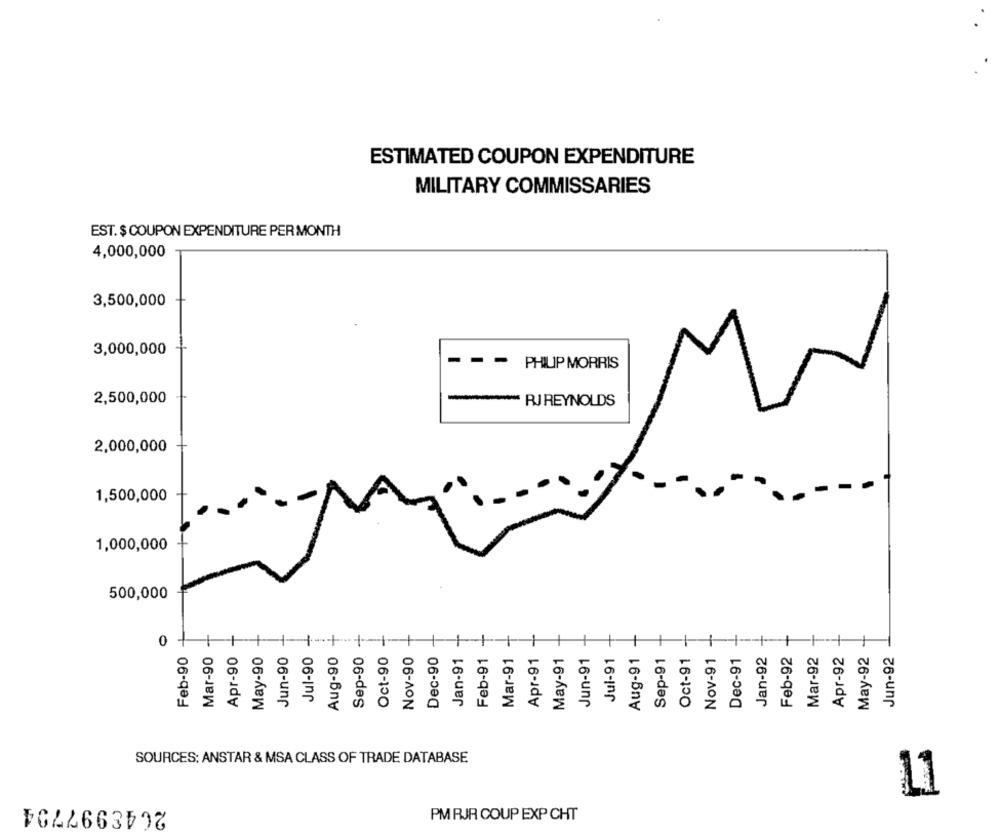
ESTIMATED COUPON EXPENDITURE
MILITARY COMMISSARIES
EST. $ COUPON EXPENDITURE PER MONTH
4,000,000
3,500,000
3,000,000
- -
-
PHILIP MORRIS
2,500,000
- RJREYNOLDS
2,000,000
1,500,000
1,000,000
500,000
0
Feb-90
Mar-90
Apr-90
May-90
Jun-90
Jul-90
Aug-90
Sep-90
Oct-90
Nov-90
Dec-90
Jan-91
Feb-91
Mar-91
Apr-91
May-91
Jun-91
Jul-91
Aug-91
Sep-91
Oct-91
Nov-91
Dec-91
Jan-92
Feb-92
Mar-92
Apr-92
May-92
Jun-92
SOURCES: ANSTAR & MSA CLASS OF TRADE DATABASE
11
2648997794
PM RJR COUP EXP CHT